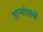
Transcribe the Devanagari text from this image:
ताऱ्यांसाठी